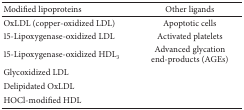
| Modified lipoproteins | Other ligands |
 | --- | --- |
 | OxLDL (copper-oxidized LDL) | Apoptotic cells |
 | 15-Lipoxygenase-oxidized LDL | Activated platelets |
 | 15-Lipoxygenase-oxidized HDL3 | Advanced glycation end-products (AGEs) |
 | Glycoxidized LDL |  |
 | Delipidated OxLDL |  |
 | HOCl-modified HDL |  |